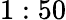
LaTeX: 1:50